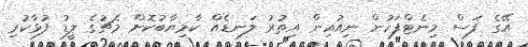
އޭގެ ފަސް މިނެޓްފަހުން ނިއުއިން އިތުރު ލަނޑެއް ކާމިޔާބުކޮށް މެޗުގެ ލީޑު ފުޅާކުރި